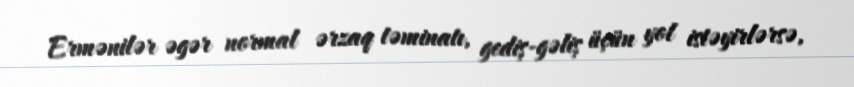
Ermənilər əgər normal ərzaq təminatı, gediş-gəliş üçün yol istəyirlərsə,